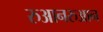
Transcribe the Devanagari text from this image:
रुआनरुआन